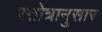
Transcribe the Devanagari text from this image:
स्तोत्रानुसार